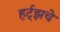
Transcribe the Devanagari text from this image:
हर्ट्‌झचे